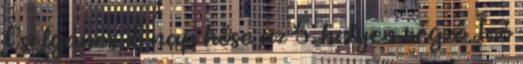
Cselgáncs. A nap hőse az 5. helyen végző Joó